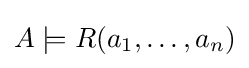
A\models R(a_{1},\ldots ,a_{n})